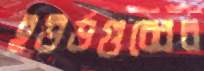
ইউর্ডগুব্বের